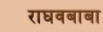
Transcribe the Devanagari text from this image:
राघवबाबा